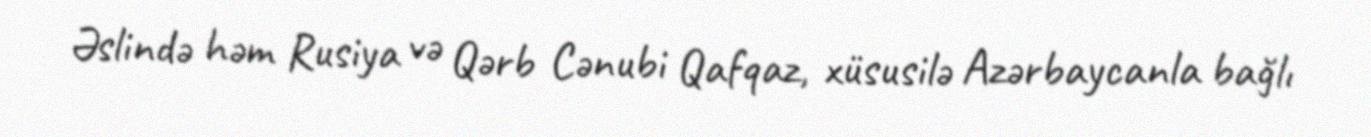
Əslində həm Rusiya və Qərb Cənubi Qafqaz, xüsusilə Azərbaycanla bağlı